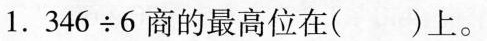
1. $$3 4 6 \div 6$ 商的最高位在（）上。